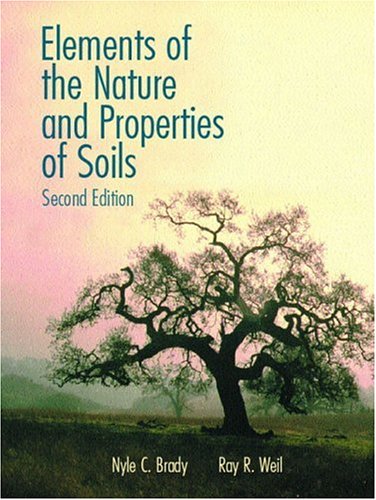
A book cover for Elements of the Nature and Properties of Soils (2nd Edition); Nyle C. Brady; Science & Math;